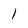
Character: 1